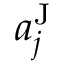
a _ { j } ^ { \mathrm { J } }